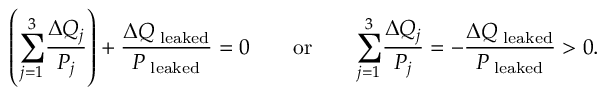
\left( { \sum _ { j = 1 } ^ { 3 } } \frac { \Delta Q _ { j } } { P _ { j } } \right) + \frac { \Delta Q _ { \mathrm { \tiny ~ l e a k e d } } } { P _ { \mathrm { \tiny ~ l e a k e d } } } = 0 \qquad \mathrm { o r } \qquad { \sum _ { j = 1 } ^ { 3 } } \frac { \Delta Q _ { j } } { P _ { j } } = - \frac { \Delta Q _ { \mathrm { \tiny ~ l e a k e d } } } { P _ { \mathrm { \tiny ~ l e a k e d } } } > 0 .